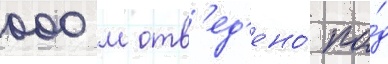
000 м отв'ед'ено́ по́д